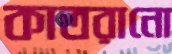
কাতরানো